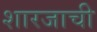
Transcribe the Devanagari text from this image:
शारजाची